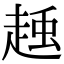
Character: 𧻽